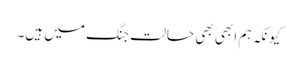
کیونکہ ہم ابھی بھی حالت جنگ میں ہیں۔